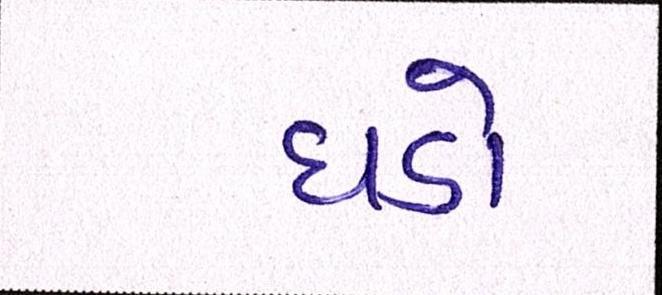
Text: ધડો